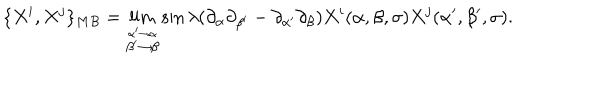
LaTeX: \{ X ^ { i } , X ^ { j } \} _ { M B } = \lim _ { \stackrel { \alpha ^ { \prime } \to \alpha } { \beta ^ { \prime } \to \beta } } \sin \lambda ( \partial _ { \alpha } \partial _ { \beta ^ { \prime } } - \partial _ { \alpha ^ { \prime } } \partial _ { \beta } ) X ^ { i } ( \alpha , \beta , \sigma ) X ^ { j } ( \alpha ^ { \prime } , \beta ^ { \prime } , \sigma ) .